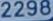
2298